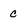
Character: c